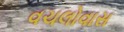
વચલોવાસ